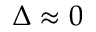
\Delta \approx 0